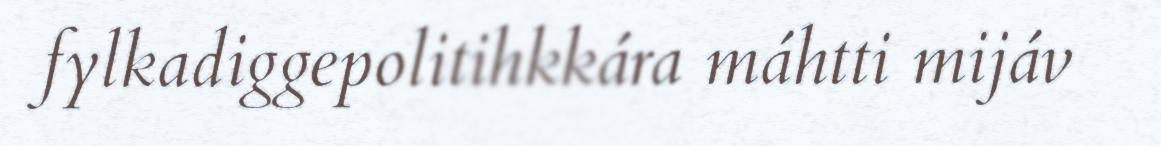
fylkadiggepolitihkkára máhtti mijáv